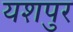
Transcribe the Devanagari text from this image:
यशपुर